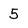
Character: 5